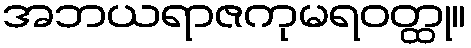
အဘယရာဇကုမရဝတ္ထု။